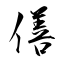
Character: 僐